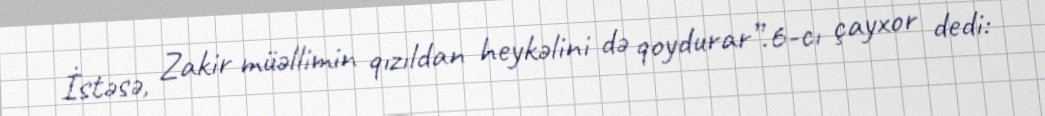
İstəsə, Zakir müəllimin qızıldan heykəlini də qoydurar”.6-cı çayxor dedi: